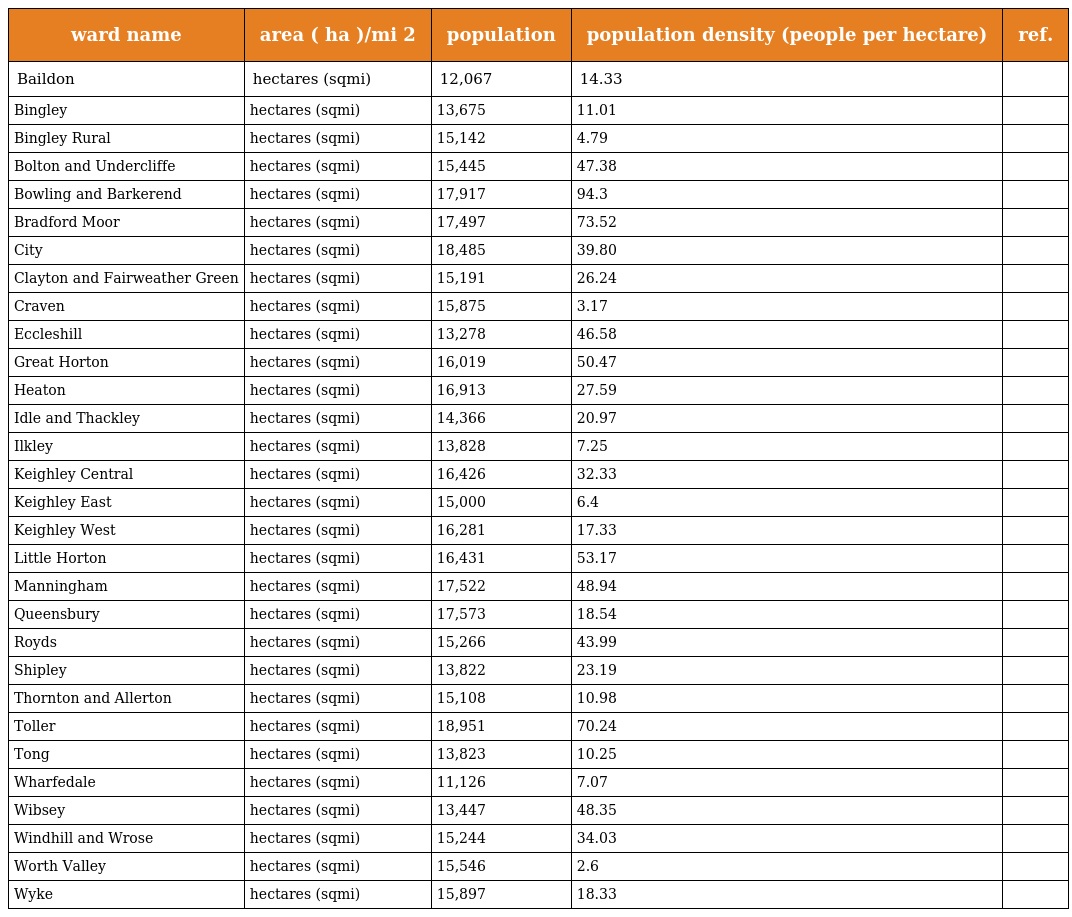
| ward name | area ( ha )/mi 2 | population | population density (people per hectare) | ref. |
 | --- | --- | --- | --- | --- |
 | Baildon | hectares (sqmi) | 12,067 | 14.33 |  |
 | Bingley | hectares (sqmi) | 13,675 | 11.01 |  |
 | Bingley Rural | hectares (sqmi) | 15,142 | 4.79 |  |
 | Bolton and Undercliffe | hectares (sqmi) | 15,445 | 47.38 |  |
 | Bowling and Barkerend | hectares (sqmi) | 17,917 | 94.3 |  |
 | Bradford Moor | hectares (sqmi) | 17,497 | 73.52 |  |
 | City | hectares (sqmi) | 18,485 | 39.80 |  |
 | Clayton and Fairweather Green | hectares (sqmi) | 15,191 | 26.24 |  |
 | Craven | hectares (sqmi) | 15,875 | 3.17 |  |
 | Eccleshill | hectares (sqmi) | 13,278 | 46.58 |  |
 | Great Horton | hectares (sqmi) | 16,019 | 50.47 |  |
 | Heaton | hectares (sqmi) | 16,913 | 27.59 |  |
 | Idle and Thackley | hectares (sqmi) | 14,366 | 20.97 |  |
 | Ilkley | hectares (sqmi) | 13,828 | 7.25 |  |
 | Keighley Central | hectares (sqmi) | 16,426 | 32.33 |  |
 | Keighley East | hectares (sqmi) | 15,000 | 6.4 |  |
 | Keighley West | hectares (sqmi) | 16,281 | 17.33 |  |
 | Little Horton | hectares (sqmi) | 16,431 | 53.17 |  |
 | Manningham | hectares (sqmi) | 17,522 | 48.94 |  |
 | Queensbury | hectares (sqmi) | 17,573 | 18.54 |  |
 | Royds | hectares (sqmi) | 15,266 | 43.99 |  |
 | Shipley | hectares (sqmi) | 13,822 | 23.19 |  |
 | Thornton and Allerton | hectares (sqmi) | 15,108 | 10.98 |  |
 | Toller | hectares (sqmi) | 18,951 | 70.24 |  |
 | Tong | hectares (sqmi) | 13,823 | 10.25 |  |
 | Wharfedale | hectares (sqmi) | 11,126 | 7.07 |  |
 | Wibsey | hectares (sqmi) | 13,447 | 48.35 |  |
 | Windhill and Wrose | hectares (sqmi) | 15,244 | 34.03 |  |
 | Worth Valley | hectares (sqmi) | 15,546 | 2.6 |  |
 | Wyke | hectares (sqmi) | 15,897 | 18.33 |  |